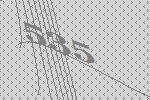
535